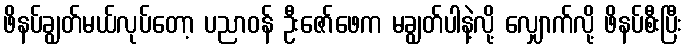
ဖိနပ်ချွတ်မယ်လုပ်တော့ ပညာဝန် ဦးဇော်ဖေက မချွတ်ပါနဲ့လို့ လျှောက်လို့ ဖိနပ်စီးပြီး